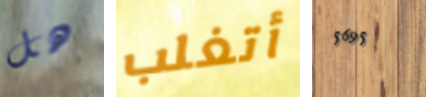
هل أتغلب 5695